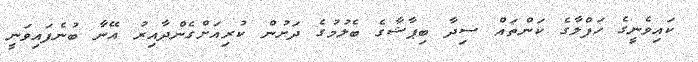
ކައިވެނީގެ ހަފްލާގެ ކަންތައް ސިދާ ބިޕާޝާގެ ބެލުމުގެ ދަށުން ކުރިއަށްގެންދާއިރު އޭނާ ބުނެފައިވަނީ